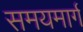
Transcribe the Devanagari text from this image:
समयमार्ग